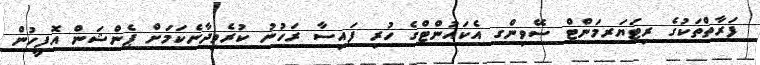
ފަރާތްތަކުގެ ރިޓަޔަރމަންޓް ސޭވިންގ އެކައުންޓްގެ ހުރި ފައިސާ ރަހުނު ކުރެވިދާނެކަމަށް ޕެންޝަން އޮފީހުން